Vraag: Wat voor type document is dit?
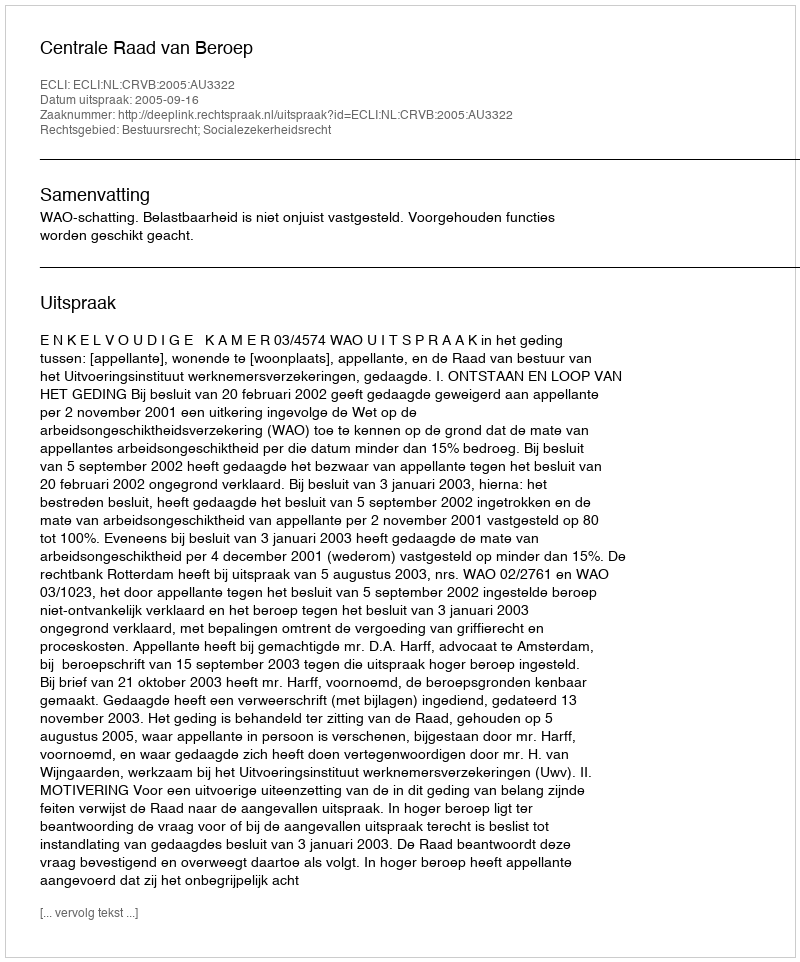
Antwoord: Uitspraak